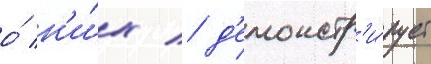
о́ н'и́х / д'емонстр'и́рует